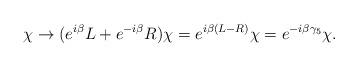
LaTeX: \begin{align*}\chi \to (e^{i\beta} L + e^{-i\beta} R) \chi = e^{i\beta(L - R)}\chi =e^{-i\beta\gamma_5}\chi.\end{align*}